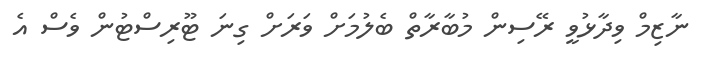
ނާޒިމް ވިދާޅުވީ ރޭސިން މުބާރާތް ބެލުމަށް ވަރަށް ގިނަ ޓޫރިސްޓުން ވެސް އެ